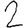
Digit: 2